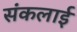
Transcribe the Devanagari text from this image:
संकलाई